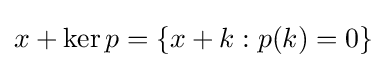
x+\ker p=\{x+k:p(k)=0\}